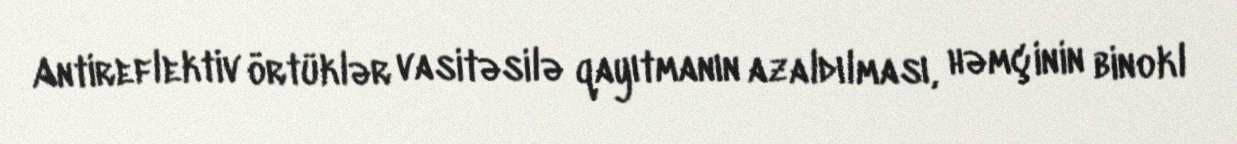
Antireflektiv örtüklər vasitəsilə qayıtmanın azaldılması, həmçinin binokl